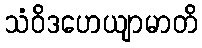
သံဝိဒဟေယျာမာတိ